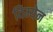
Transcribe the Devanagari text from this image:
विम्येन